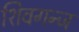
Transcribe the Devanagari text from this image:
शिवगन्ज